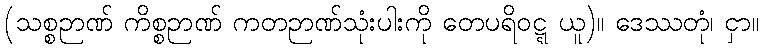
(သစ္စဉာဏ် ကိစ္စဉာဏ် ကတဉာဏ်သုံးပါးကို တေပရိဝဋ္ဋ ယူ)။ ဒေဿတုံ၊ ငှာ။